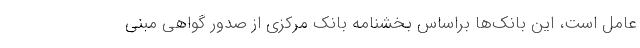
عامل است، این بانک‌ها براساس بخشنامه بانک مرکزی از صدور گواهی مبنی